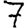
Digit: 7